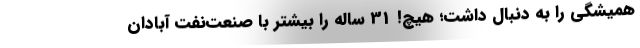
همیشگی را به دنبال داشت؛ هیچ! 31 ساله را بیشتر با صنعت‌نفت آبادان